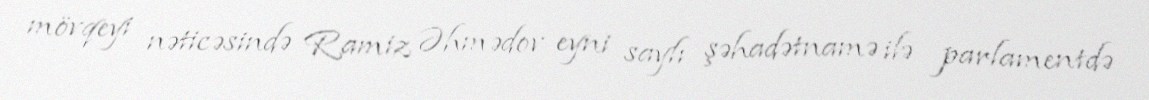
mövqeyi nəticəsində Ramiz Əhmədov eyni saylı şəhadətnamə ilə parlamentdə